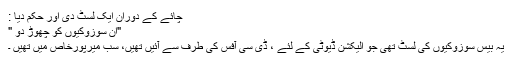
چائے کے دوران ایک لسٹ دی اور حکم دیا :
"اِن سوزوکیوں کو چھوڑ دو "
یہ بیس سوزوکیوں کی لسٹ تھی جو الیکشن ڈیوٹی کے لئے ، ڈی سی آفس کی طرف سے آئیں تھیں، سب میرپورخاص میں تھیں ۔